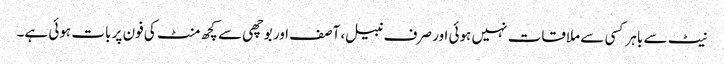
نیٹ سے باہر کسی سے ملاقات نہیں ہوئی اور صرف نبیل، آصف اور بوچھی سے کچھ منٹ کی فون پر بات ہوئی ہے۔